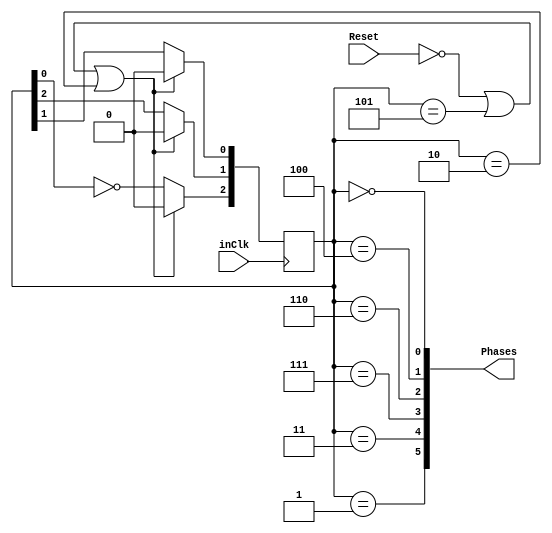
module SixPhaseClock(Phases, inClk, Reset);
	output wire [5:0] Phases;
	reg[2:0] Count;
	input Reset, inClk;
	
	assign Phases[0] = (Count == 3'b000);
	assign Phases[1] = (Count == 3'b100);
	assign Phases[2] = (Count == 3'b110);
	assign Phases[3] = (Count == 3'b111);
	assign Phases[4] = (Count == 3'b011);
	assign Phases[5] = (Count == 3'b001);

	always@(posedge inClk)
		if(!Reset | (Count == 3'b101) | (Count == 3'b010))
			Count <= 3'b000;
		else begin
			Count[0] <= Count[1];
			Count[1] <= Count[2];
			Count[2] <= ~Count[0];
		end
endmodule

// module SixPC_Test();
// 	reg inClk, Reset;
// 	wire [5:0] Phases;

// 	SixPhaseClock dut (Phases, inClk, Reset);

// 	initial begin
// 		$dumpfile("SixPC_Test.vcd");
// 		$dumpvars;
// 	end

// 	initial begin
// 		inClk = 0;
// 		forever #10 inClk <= ~inClk;
// 	end

// 	initial begin
// 		Reset <= 1; @(posedge inClk)
// 		Reset <= 0; @(posedge inClk)
// 		Reset <= 1; @(posedge inClk)
// 		repeat(80) @(posedge inClk);
// 		$stop;
// 	end
// endmodule